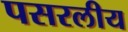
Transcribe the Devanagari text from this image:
पसरलीय